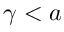
\gamma < a